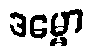
ဒမ္မော